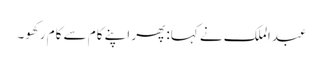
عبدالملک نے کہا: پھر اپنے کام سے کام رکھو۔